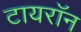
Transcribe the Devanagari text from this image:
टायराॅन